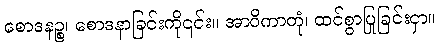
စောဒနဉ္စ၊ စောဒနာခြင်းကို၎င်း။ အာဝိကာတုံ၊ ထင်စွာပြုခြင်းငှာ။